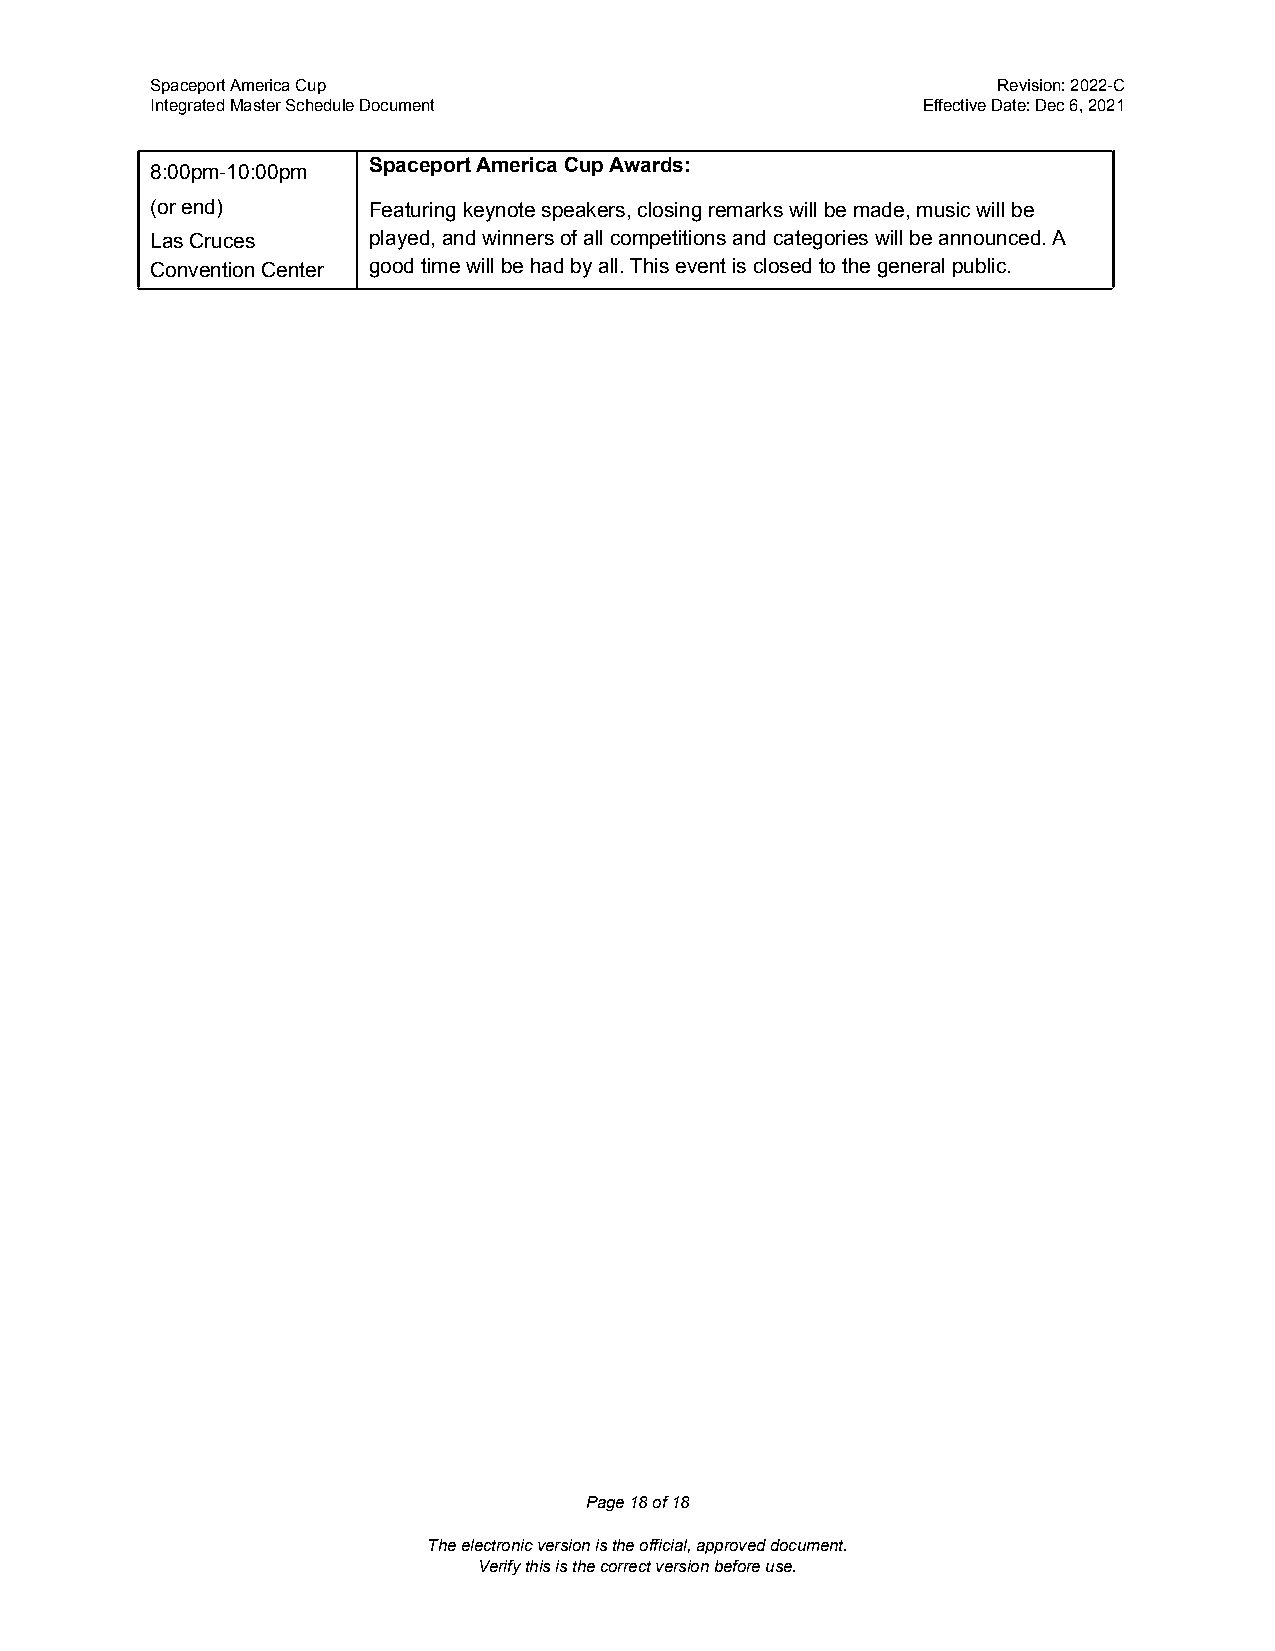
Spaceport America Cup                                   Revision: 2022-C
 Integrated Master Schedule Document                Effective Date: Dec 6, 2021
 Spaceport America Cup Awards:
 8:00pm-10:00pm
 (or end)      Featuring keynote speakers, closing remarks will be made, music will be
 Las Cruces    played, and winners of all competitions and categories will be announced. A
 Convention Center good time will be had by all. This event is closed to the general public.
 Page18of18
 The electronic version is the official, approved document.
 Verify this is the correct version before use.